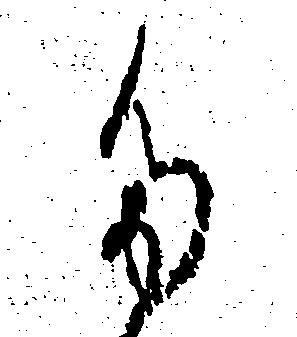
た